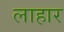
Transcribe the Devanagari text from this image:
लाहार